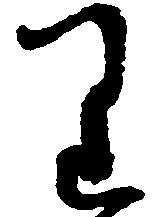
り